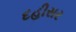
દહીસર